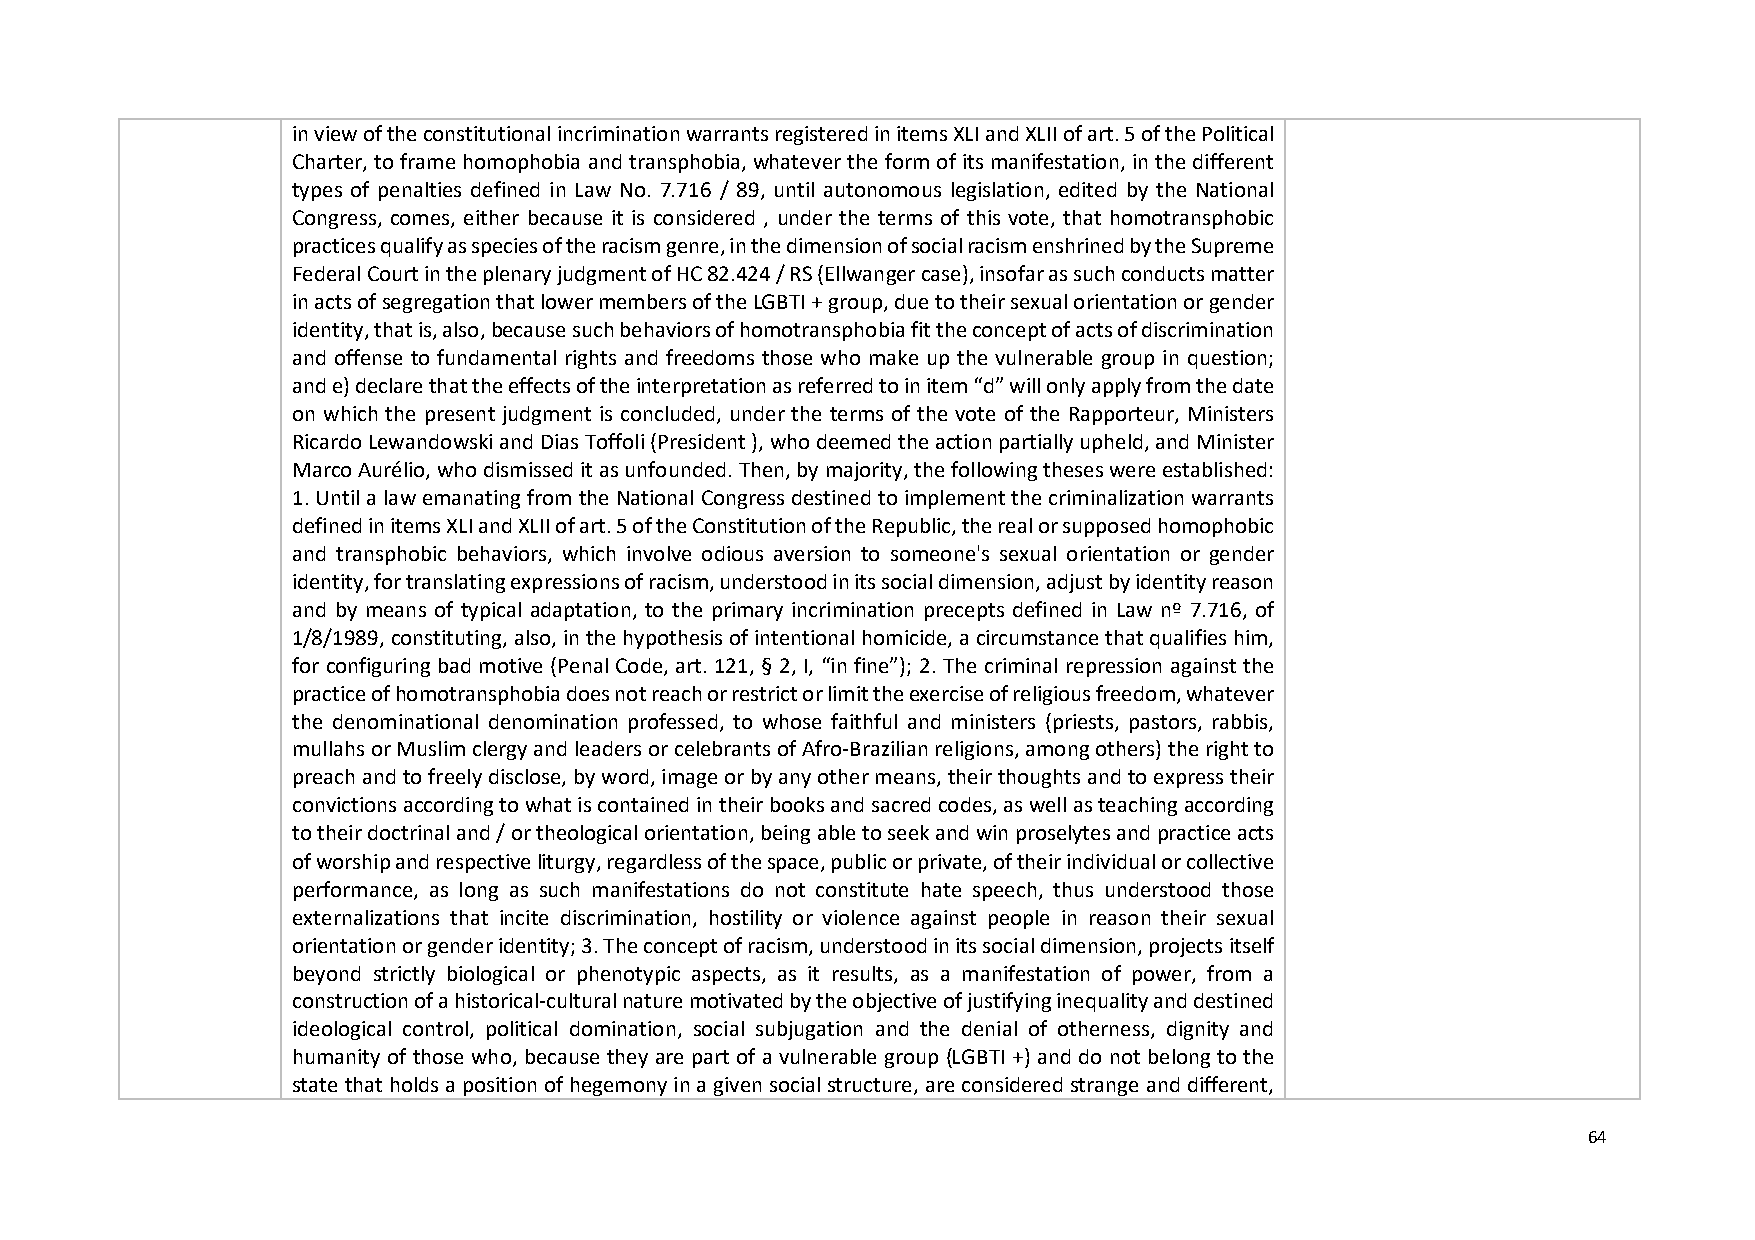
in view of the constitutional incrimination warrants registered in items XLI and XLII of art. 5 of the Political
 Charter, to frame homophobia and transphobia, whatever the form of its manifestation, in the different
 types of penalties defined in Law No. 7.716 / 89, until autonomous legislation, edited by the National
 Congress, comes, either because it is considered , under the terms of this vote, that homotransphobic
 practices qualify as species of the racism genre, in the dimension of social racism enshrined by the Supreme
 Federal Court in the plenary judgment of HC 82.424 / RS (Ellwanger case), insofar as such conducts matter
 in acts of segregation that lower members of the LGBTI + group, due to their sexual orientation or gender
 identity, that is, also, because such behaviors of homotransphobia fit the concept of acts of discrimination
 and offense to fundamental rights and freedoms those who make up the vulnerable group in question;
 and e) declare that the effects of the interpretation as referred to in item “d” will only apply from the date
 on which the present judgment is concluded, under the terms of the vote of the Rapporteur, Ministers
 Ricardo Lewandowski and Dias Toffoli (President ), who deemed the action partially upheld, and Minister
 Marco Aurélio, who dismissed it as unfounded. Then, by majority, the following theses were established:
 1. Until a law emanating from the National Congress destined to implement the criminalization warrants
 defined in items XLI and XLII of art. 5 of the Constitution of the Republic, the real or supposed homophobic
 and transphobic behaviors, which involve odious aversion to someone's sexual orientation or gender
 identity, for translating expressions of racism, understood in its social dimension, adjust by identity reason
 and by means of typical adaptation, to the primary incrimination precepts defined in Law nº 7.716, of
 1/8/1989, constituting, also, in the hypothesis of intentional homicide, a circumstance that qualifies him,
 for configuring bad motive (Penal Code, art. 121, § 2, I, “in fine”); 2. The criminal repression against the
 practice of homotransphobia does not reach or restrict or limit the exercise of religious freedom, whatever
 the denominational denomination professed, to whose faithful and ministers (priests, pastors, rabbis,
 mullahs or Muslim clergy and leaders or celebrants of Afro-Brazilian religions, among others) the right to
 preach and to freely disclose, by word, image or by any other means, their thoughts and to express their
 convictions according to what is contained in their books and sacred codes, as well as teaching according
 to their doctrinal and / or theological orientation, being able to seek and win proselytes and practice acts
 of worship and respective liturgy, regardless of the space, public or private, of their individual or collective
 performance, as long as such manifestations do not constitute hate speech, thus understood those
 externalizations that incite discrimination, hostility or violence against people in reason their sexual
 orientation or gender identity; 3. The concept of racism, understood in its social dimension, projects itself
 beyond strictly biological or phenotypic aspects, as it results, as a manifestation of power, from a
 construction of a historical-cultural nature motivated by the objective of justifying inequality and destined
 ideological control, political domination, social subjugation and the denial of otherness, dignity and
 humanity of those who, because they are part of a vulnerable group (LGBTI +) and do not belong to the
 state that holds a position of hegemony in a given social structure, are considered strange and different,
 64